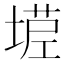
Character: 𰊒